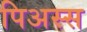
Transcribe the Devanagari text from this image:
पिअस्स